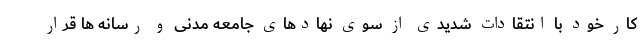
کار خود با انتقادات شدیدی از سوی نهادهای جامعه مدنی و رسانه ها قرار